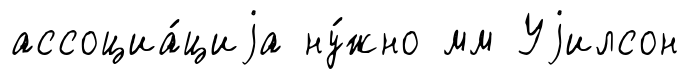
ассоциа́циjа ну́жно мм Уjилсон